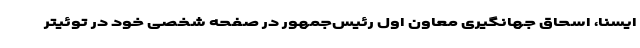
ایسنا، اسحاق جهانگیری معاون اول رئیس‌جمهور در صفحه شخصی خود در توئیتر